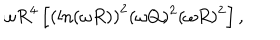
\omega R ^ { 4 } \left[ \left( \ln ( \omega R ) \right) ^ { 2 } ( \omega Q ) ^ { 2 } ( \omega R ) ^ { 2 } \right] ,